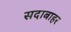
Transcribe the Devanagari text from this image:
सदाबाहर